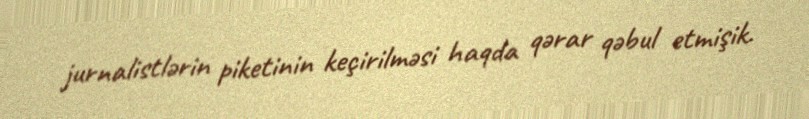
jurnalistlərin piketinin keçirilməsi haqda qərar qəbul etmişik.